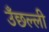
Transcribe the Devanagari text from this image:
उँछल्ली